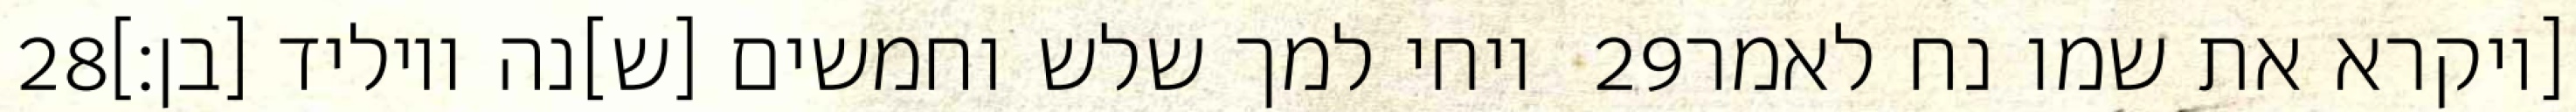
‎28‏ ויחי למך שלש וחמשים [ש]נה ויוליד [בן׃] ‎29‏ [ויקרא את שמו נח לאמר